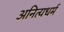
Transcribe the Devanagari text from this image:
अनित्यधर्म